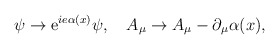
\begin{align*}\psi \rightarrow {\rm e}^{ie \alpha(x)} \psi, \quad A_\mu \rightarrow A_\mu - \partial_\mu \alpha (x), \end{align*}